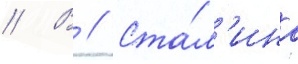
// В // Ста́л'ина